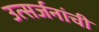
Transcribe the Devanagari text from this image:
उत्सर्जनांची